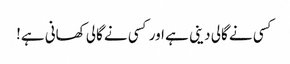
کسی نے گالی دینی ہے اور کسی نے گالی کھانی ہے!